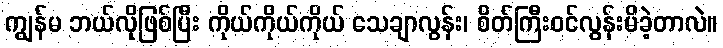
ကျွန်မ ဘယ်လိုဖြစ်ပြီး ကိုယ်ကိုယ်ကိုယ် သေချာလွန်း၊ စိတ်ကြီးဝင်လွန်းမိခဲ့တာလဲ။